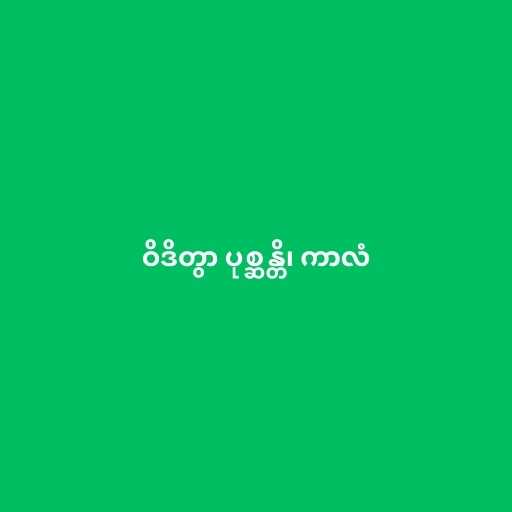
ဝိဒိတွာ ပုစ္ဆန္တိ၊ ကာလံ